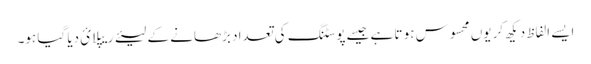
ایسے الفاظ دیکھ کر یوں محسوس ہو تا ہے جیسےپوسٹنگ کی تعداد بڑھانے کے لیئے ریپلائ دیا گیا ہو۔